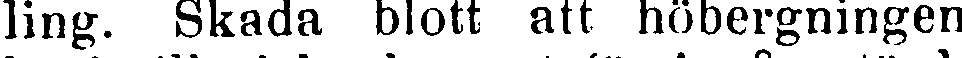
ling. Skada blott att höbergningen